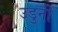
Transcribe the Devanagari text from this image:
उडुनी